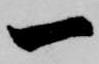
一